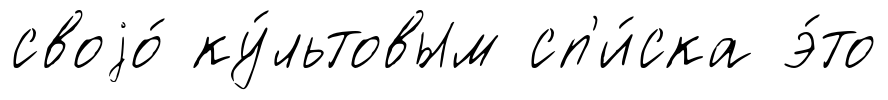
своjо́ ку́льтовым сп'и́ска э́то